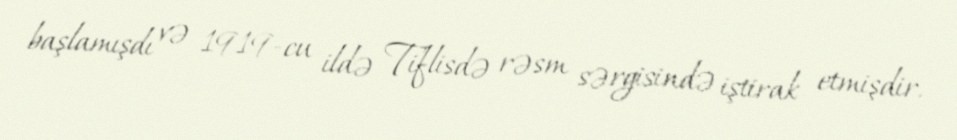
başlamışdı və 1919-cu ildə Tiflisdə rəsm sərgisində iştirak etmişdir.